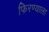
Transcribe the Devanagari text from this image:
फिरण्याला